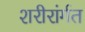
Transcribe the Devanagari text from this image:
शरीरांर्गत